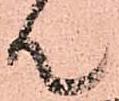
て